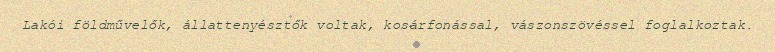
Lakói földművelők, állattenyésztők voltak, kosárfonással, vászonszövéssel foglalkoztak.